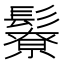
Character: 𩯊